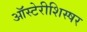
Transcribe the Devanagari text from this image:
ऑस्टेरीशिस्षर